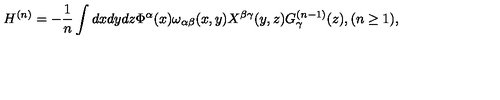
H ^ { ( n ) } = - \frac { 1 } { n } \int d x d y d z \Phi ^ { \alpha } ( x ) \omega _ { \alpha \beta } ( x , y ) X ^ { \beta \gamma } ( y , z ) G _ { \gamma } ^ { ( n - 1 ) } ( z ) , ( n \geq 1 ) ,